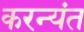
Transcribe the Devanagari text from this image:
करन्यंत